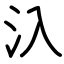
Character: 𣱿